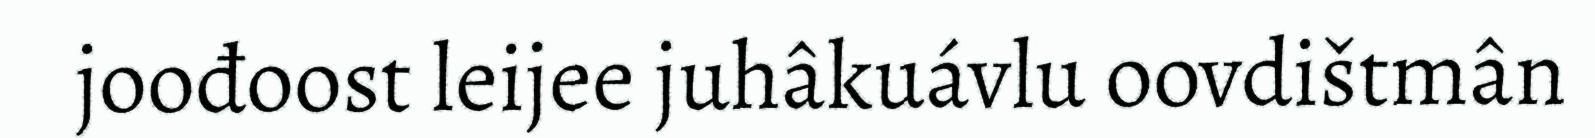
joođoost leijee juhâkuávlu oovdištmân